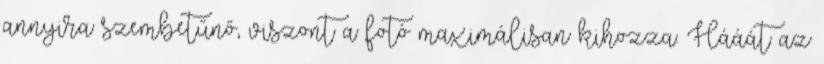
annyira szembetűnő, viszont a fotó maximálisan kihozza. Hááát az